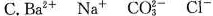
C. Ba^{2＋} Na^{＋} CO_{3}^{2-} Cl^{-}